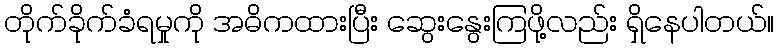
တိုက်ခိုက်ခံရမှုကို အဓိကထားပြီး ဆွေးနွေးကြဖို့လည်း ရှိနေပါတယ်။